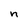
Character: n